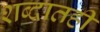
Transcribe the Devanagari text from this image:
शब्दातही